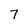
Character: 7